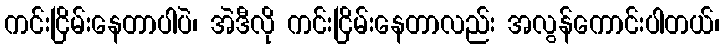
ကင်းငြိမ်းနေတာပါပဲ၊ အဲဒီလို ကင်းငြိမ်းနေတာလည်း အလွန်ကောင်းပါတယ်၊